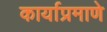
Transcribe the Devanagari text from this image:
कार्याप्रमाणे